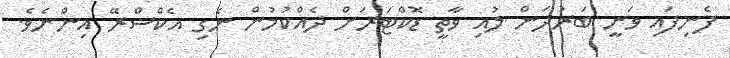
ފެނިފައި ވަނީ ބަރުދަން ލުއި ވާތީ ޑޮކްޓަރަށް ދެއްކުމުން ނެގި އެކްސްރޭ އިންނެވެ.